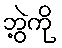
ဘွဲ့ကို